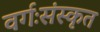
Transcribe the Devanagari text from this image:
वर्गःसंस्कृत